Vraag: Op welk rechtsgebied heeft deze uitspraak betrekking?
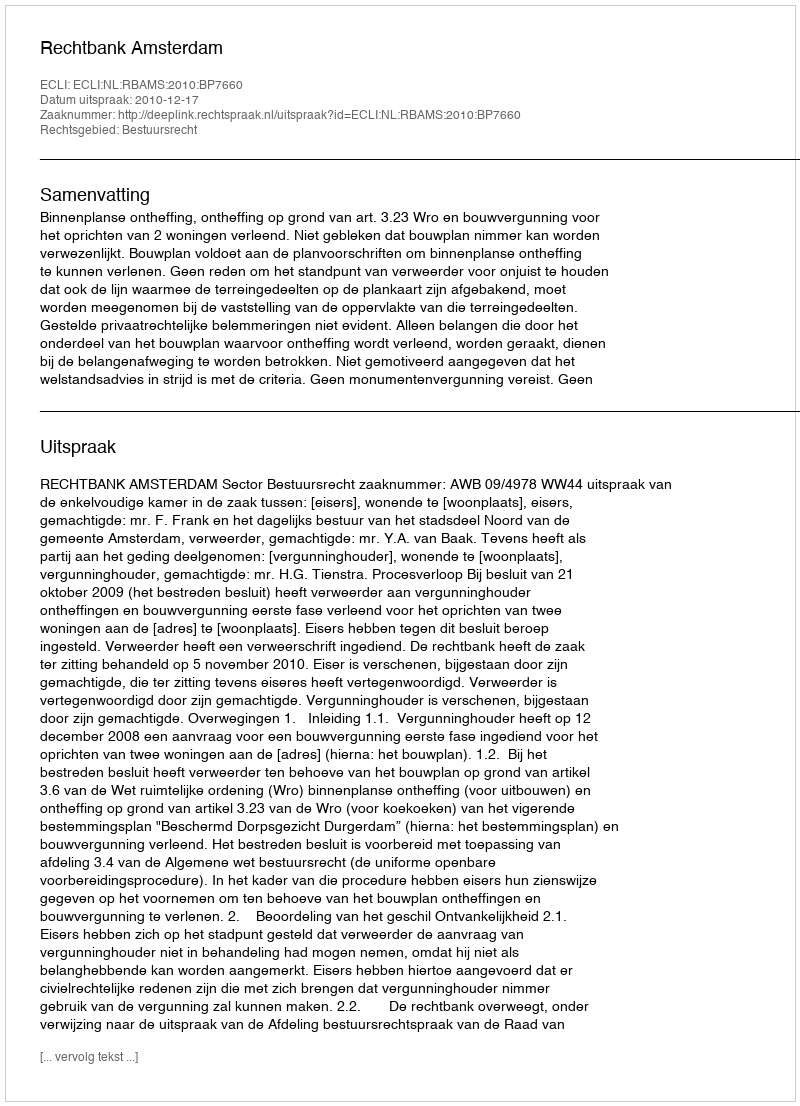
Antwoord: Bestuursrecht